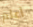
أعلم